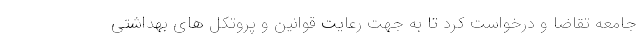
جامعه تقاضا و درخواست کرد تا به جهت رعایت قوانین و پروتکل های بهداشتی